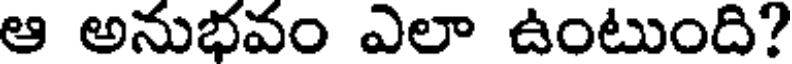
ఆ అనుభవం ఎలా ఉంటుంది?